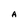
Character: A